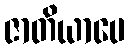
ဇာတိယာပေ